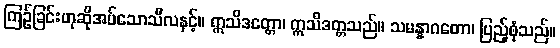
ကြဉ်ခြင်းဟုဆိုအပ်သောသီလနှင့်။ ဣသိဒတ္တော၊ ဣသိဒတ္တသည်။ သမန္နာဂတော၊ ပြည့်စုံသည်။